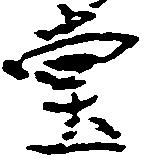
堂